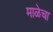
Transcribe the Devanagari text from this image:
माळेचा